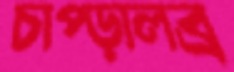
চাপ্‌ড়ালব্র